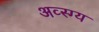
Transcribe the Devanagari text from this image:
अव्स्ग्य